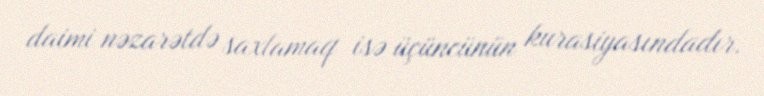
daimi nəzarətdə saxlamaq isə üçüncünün kurasiyasındadır.